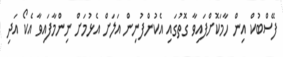
ފޭސްބުކް އިން ހާމަކޮށްފައިވާ ގޮތުގައި އެކުންފުނިން އަލަށް އެޅުމަށް ނިންމާފައިވާ އެކޯ އަދި